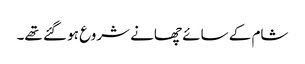
شام کے سائے چھانے شروع ہو گئے تھے۔